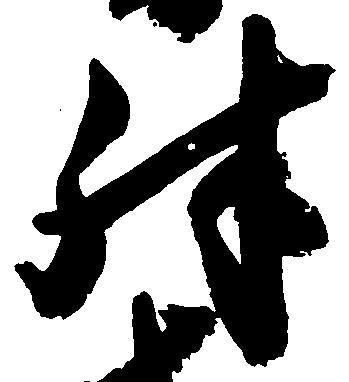
殊